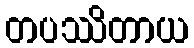
တပဿိတာယ